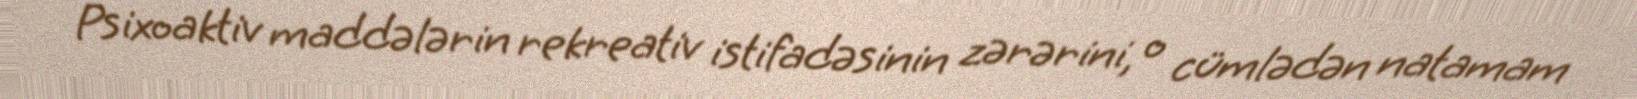
Psixoaktiv maddələrin rekreativ istifadəsinin zərərini, o cümlədən natamam